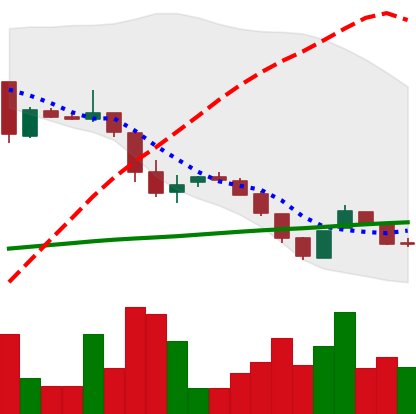
Ticker: DOGE-USD
Chart end date: 2018-10-30
Forward return: -4.519%
Label: down_3_5